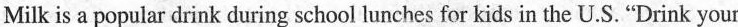
Milk is a popular drink during school lunches for kids in the U.S."Drink your